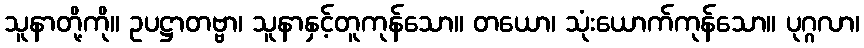
သူနာတို့ကို။ ဥပဋ္ဌာတဗ္ဗာ၊ သူနာနှင့်တူကုန်သော။ တယော၊ သုံးယောက်ကုန်သော။ ပုဂ္ဂလာ၊